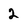
Character: 2